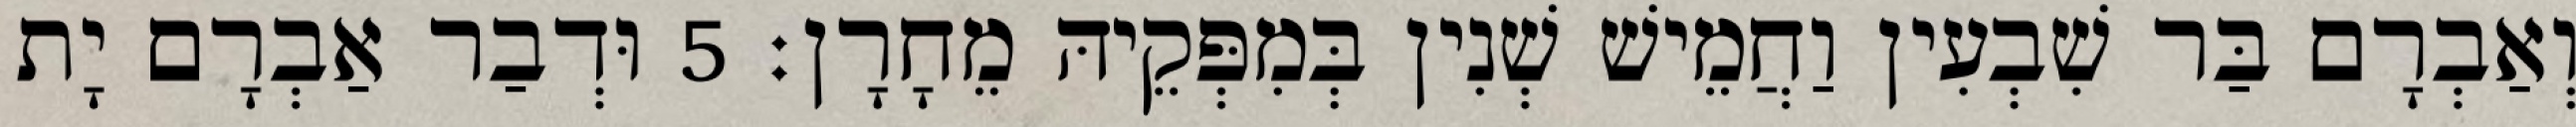
וְאַבְרָם בַּר שִׁבְעִין וַחֲמֵישׁ שְׁנִין בְּמִפְּקֵיהּ מֵחָרָן׃ 5 וּדְבַר אַבְרָם יָת